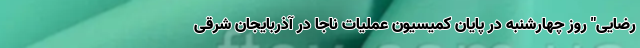
رضایی" روز چهارشنبه در پایان کمیسیون عملیات ناجا در آذربایجان شرقی